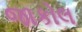
જાકોલ